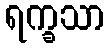
ရက္ခသာ